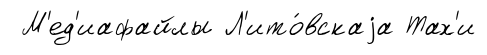
М'ед'иафайлы Л'ито́вскаjа Тах'и